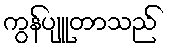
ကွန်ပျူတာသည်